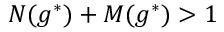
N ( g ^ { * } ) + M ( g ^ { * } ) > 1